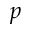
p